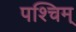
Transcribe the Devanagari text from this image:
पश्चिम्